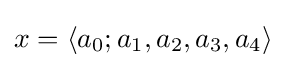
x=\left\langle a_{0};a_{1},a_{2},a_{3},a_{4}\right\rangle